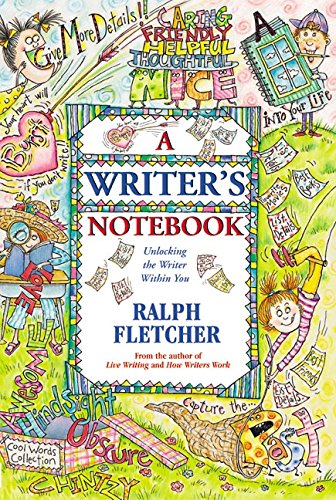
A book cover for A Writer's Notebook: Unlocking the Writer Within You; Ralph Fletcher; Children's Books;